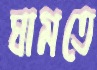
ঘামতে